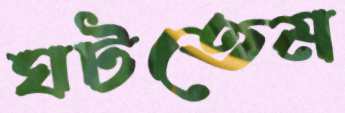
ঘটতেম